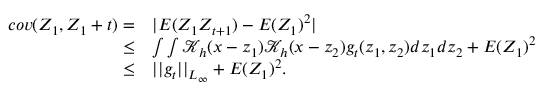
\begin{array} { r l } { c o v ( Z _ { 1 } , Z _ { 1 } + t ) = } & { | E ( Z _ { 1 } Z _ { t + 1 } ) - E ( Z _ { 1 } ) ^ { 2 } | } \\ { \le } & { \int \int \mathcal { K } _ { h } ( x - z _ { 1 } ) \mathcal { K } _ { h } ( x - z _ { 2 } ) g _ { t } ( z _ { 1 } , z _ { 2 } ) d z _ { 1 } d z _ { 2 } + E ( Z _ { 1 } ) ^ { 2 } } \\ { \le } & { | | g _ { t } | | _ { L _ { \infty } } + E ( Z _ { 1 } ) ^ { 2 } . } \end{array}